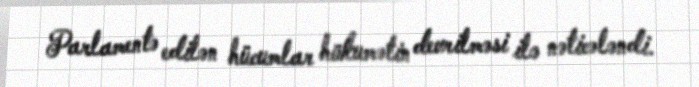
Parlamentə edilən hücumlar hökumətin devrilməsi ilə nəticələndi.